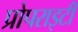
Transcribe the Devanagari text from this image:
प्रोपराइटी